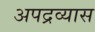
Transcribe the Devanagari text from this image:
अपद्रव्यास